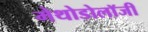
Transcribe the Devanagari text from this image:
मेथोडोलॉजी